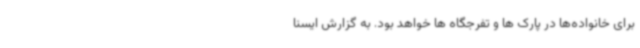
برای خانواده‌ها در پارک ها و تفرجگاه ها خواهد بود. به گزارش ایسنا